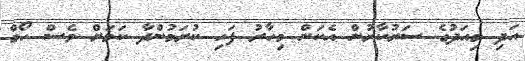
އަދި މިއަދުގެ ސަރުކާރުން އެކަން މިހާރު ފަހި ކުރަމުންދާ ކަމަށް ވެސް ހޯމް